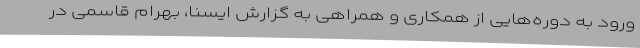
ورود به دوره‌هایی از همکاری و همراهی به گزارش ایسنا، بهرام قاسمی در